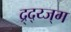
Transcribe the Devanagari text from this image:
द्र्द्य्ज्ग